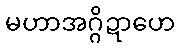
မဟာအဂ္ဂိဍာဟေ